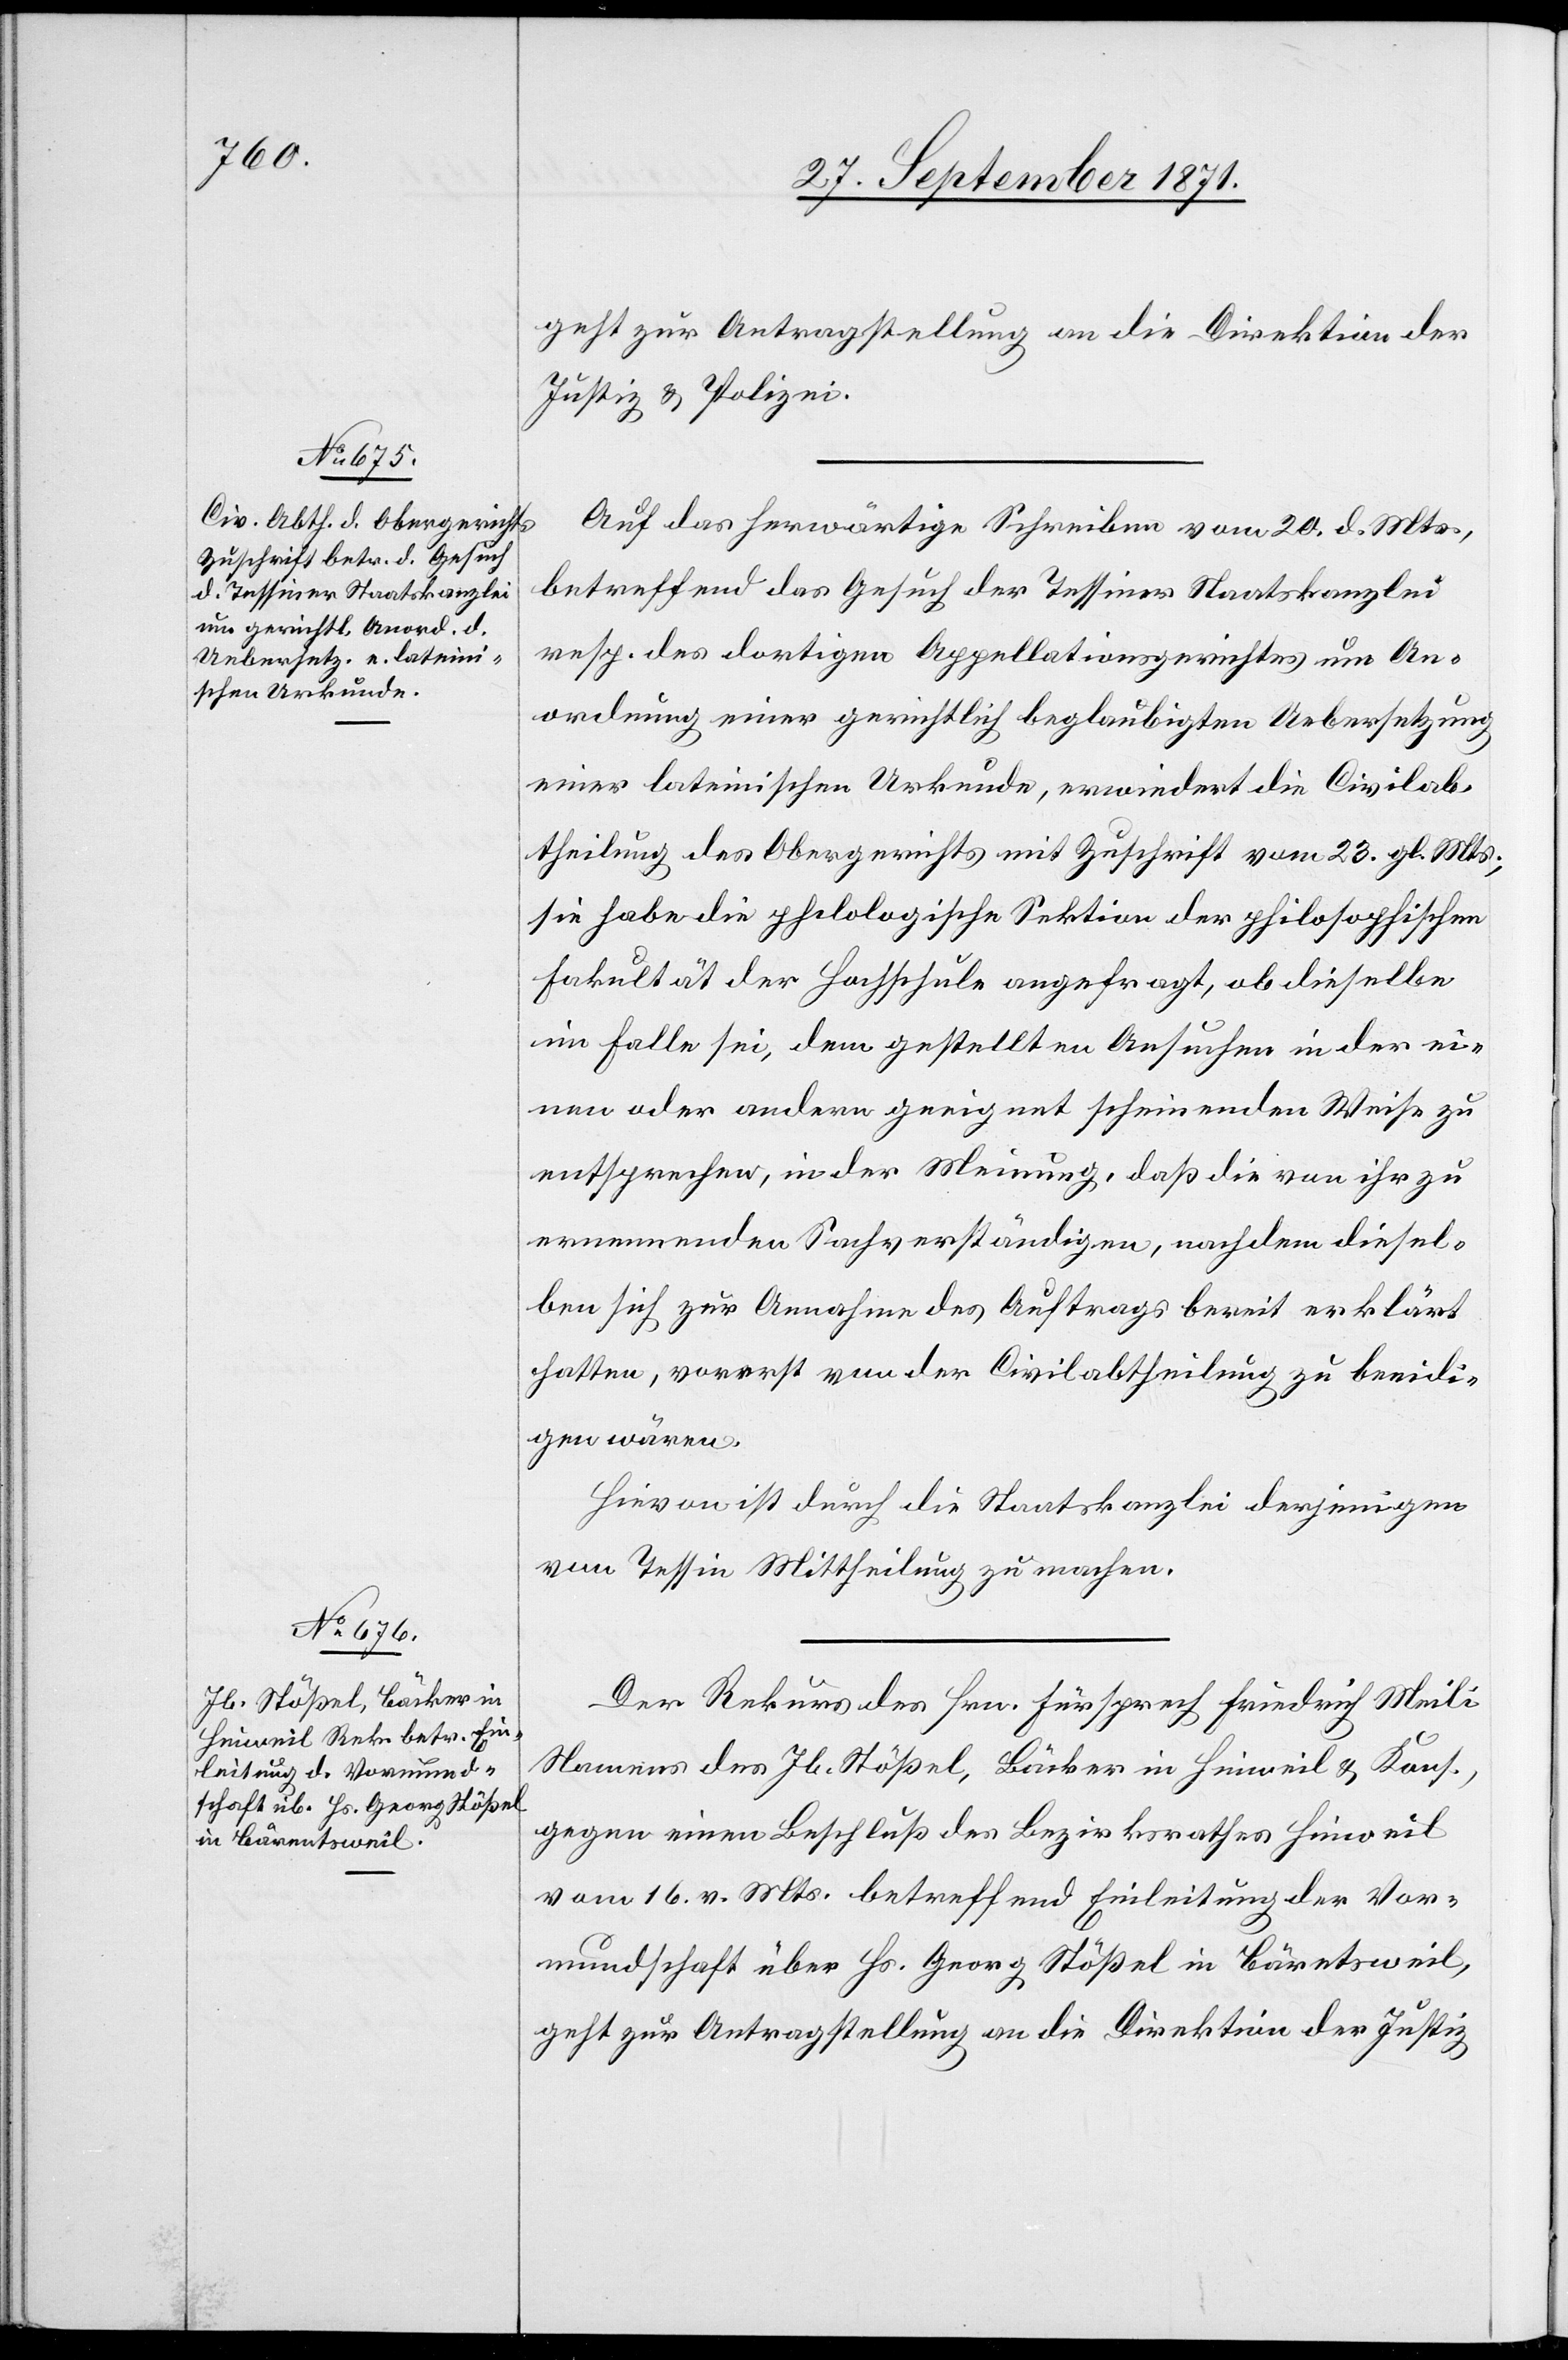
27. September 1871.]
geht zur Antragstellung an die Direktion der
Justiz & Polizei.
Auf das herwärtige Schreiben vom 20. d. Mts,
betreffend das Gesuch der Tessiner Staatskanzlei
resp. des dortigen Appellationsgerichtes um An¬
ordnung einer gerichtlich beglaubigten Uebersetzung
einer lateinischen Urkunde, erwiedert die Civilab¬
theilung des Obergerichts mit Zuschrift vom 23. gl. Mts;
sie habe die philologische Sektion der philosophischen
Fakultät der Hochschule angefragt, ob dieselbe
im Falle sei, dem gestellten Ansuchen in der ei¬
nen oder anderen geeignet scheinenden Weise zu
entsprechen, in der Meinung, daß die von ihr zu
ernennenden Sachverständigen, nachdem diesel¬
ben sich zur Annahme des Auftrages bereit erklärt
hatten, vorerst von der Civilabtheilung zu beeidi¬
gen wären.
Hievon ist durch die Staatskanzlei derjenigen
vom Tessin Mittheilung zu machen.
Der Rekurs des Hrn. Fürsprech Friedrich Meili
Namens des Jb. Stößel, Bäcker in Hinweil & Kons.,
gegen einen Beschluß des Bezirksrathes Hinweil
vom 16. v. Mts. betreffend Einleitung der Vor¬
mundschaft über Hr. Georg Stößel in Bärentsweil,
geht zur Antragstellung an die Direktion der Justiz